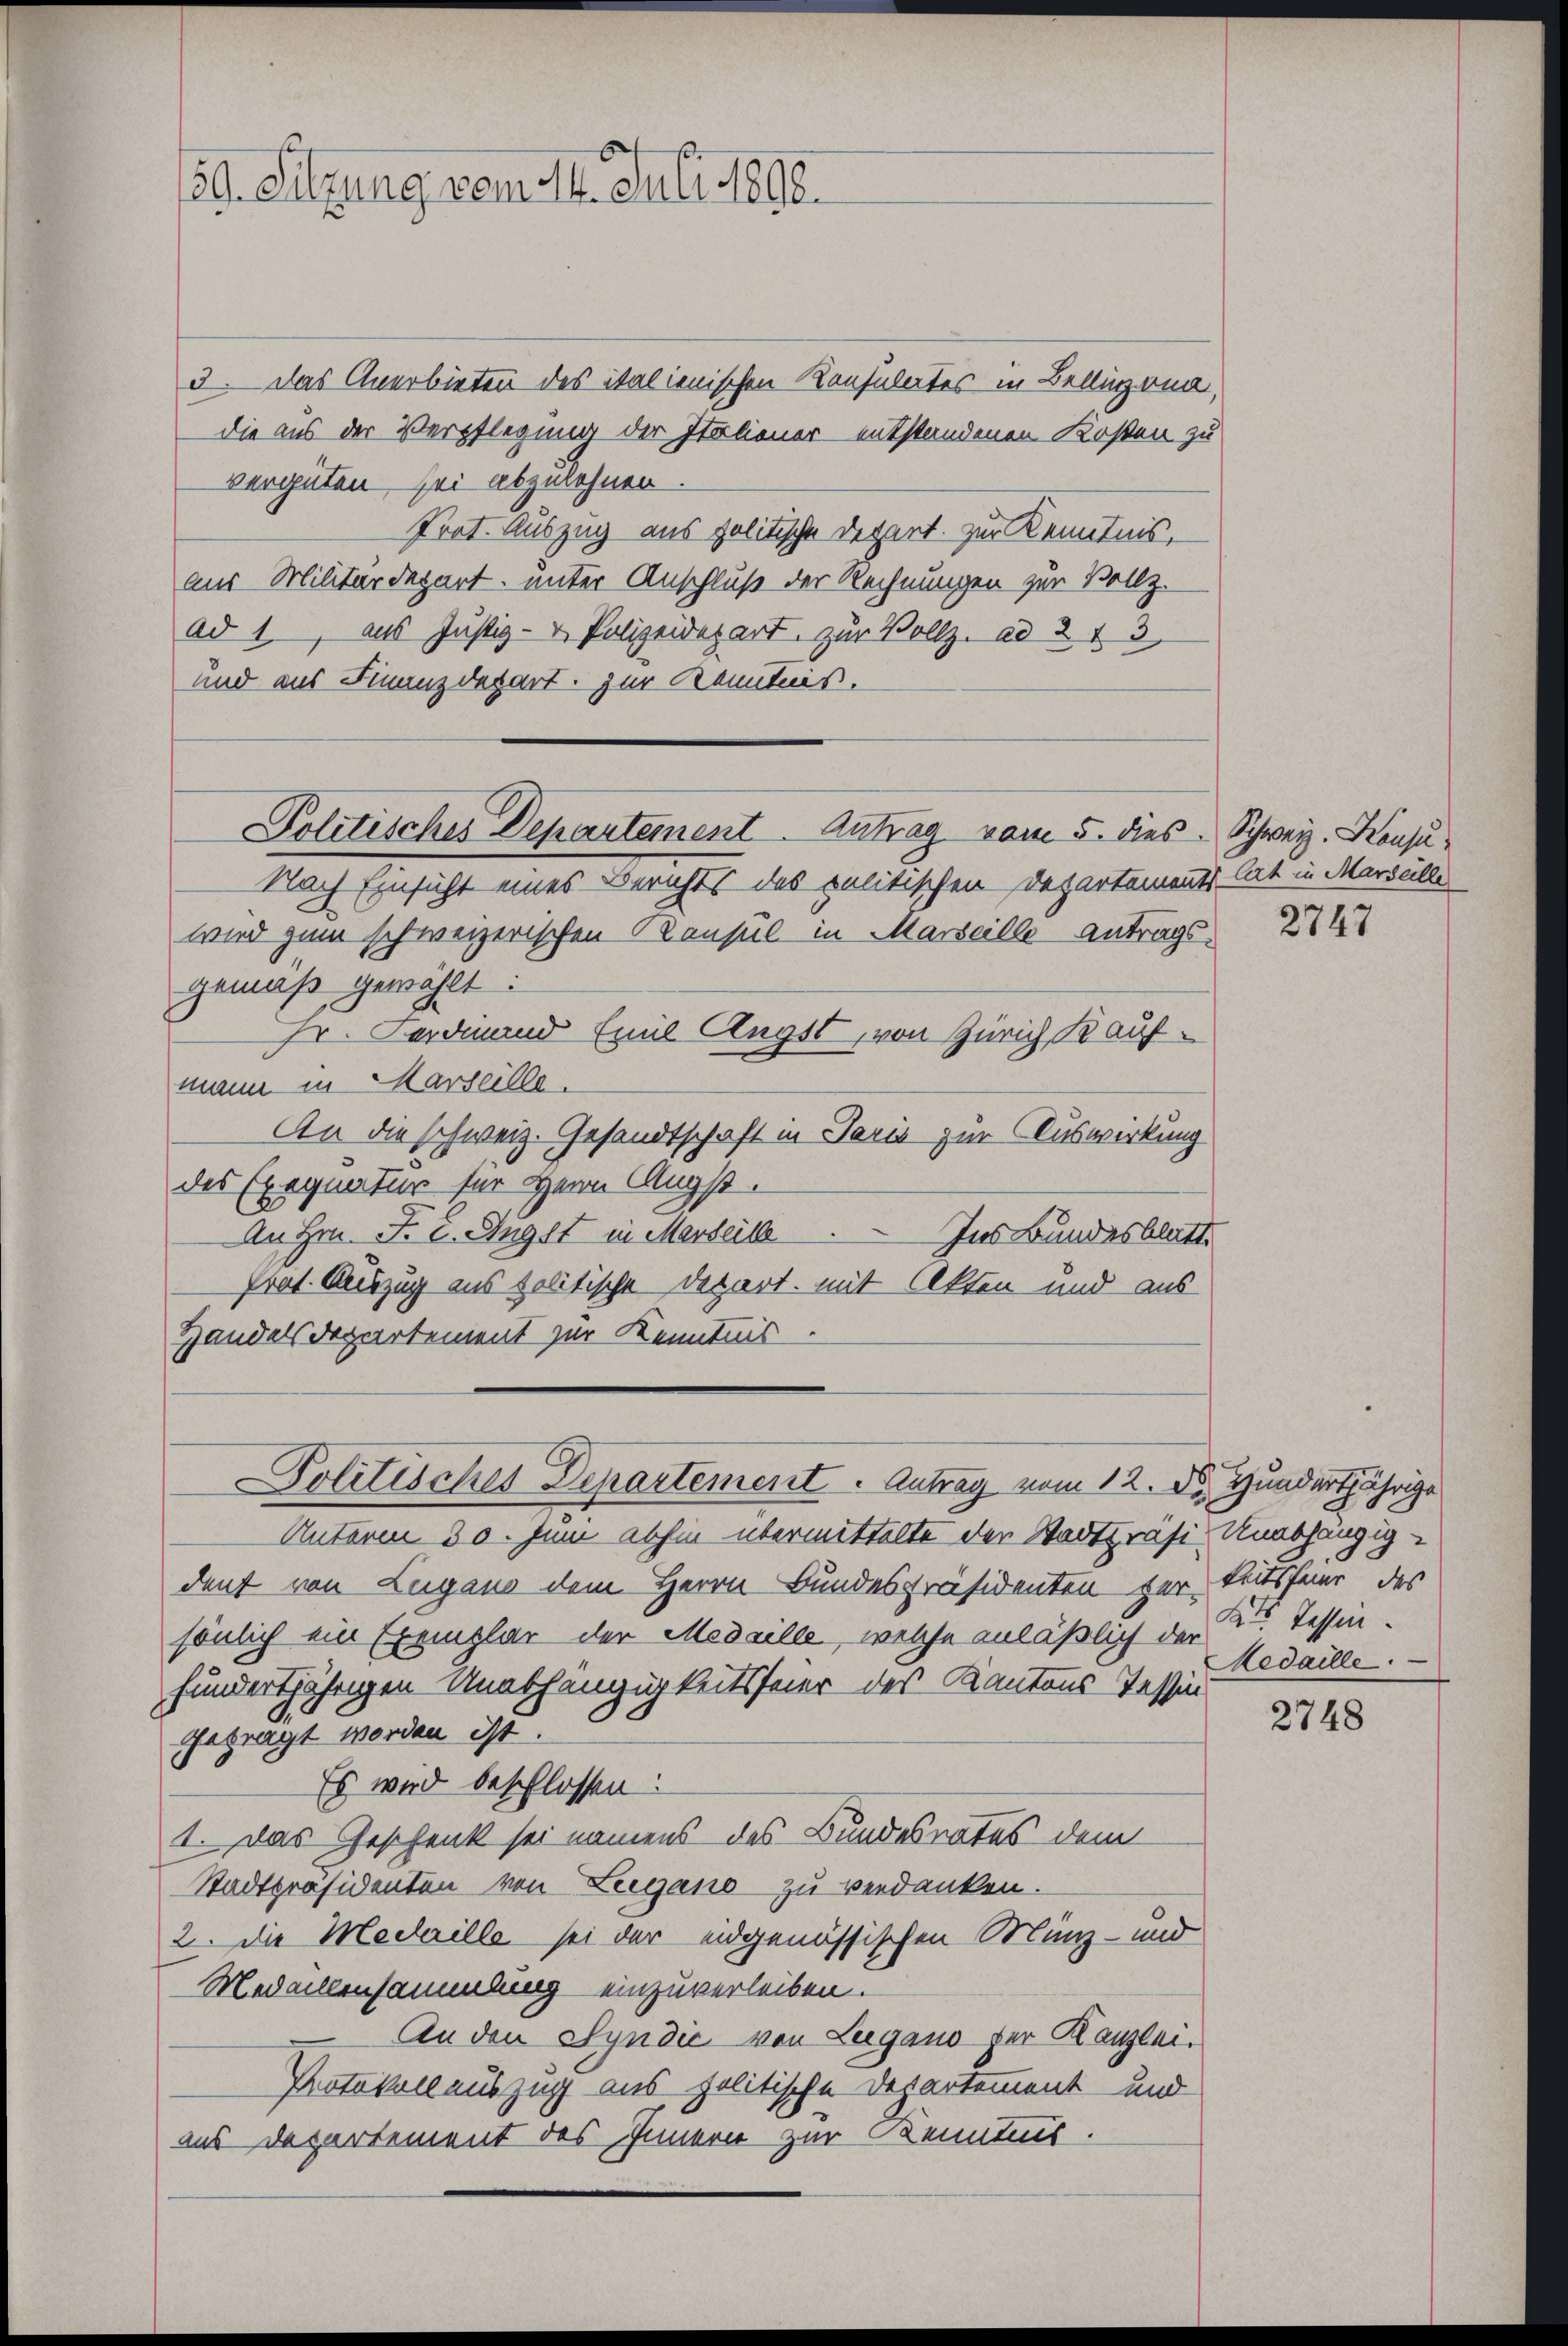
59. Sitzung vom 14. Juli 1890.

3. Das Anerbieten des italienischen Konsulates in Belligend,
die aus der Verpflegung der Italiener entstandenen Kosten zu
vergüten sei abzulehnen.
Prot. Auszug aus politische Depart. Zur Kenntnis,
aus Militärdepart, unter Anschluß der Rechnungen zur Vollz.
ad 1., aus Justiz- & Polizeidepart, zur Vollz. ad 213
und aus Finanzdepart zur Kenntnis.
Nach Einsicht eines Berichts des politischen Departements hat in Marselle
wird zum schweizerischen Konsul in Marseille Antragsgemäß gewählt.
Hr. Ferdinand Emil Ängst, von Zürich, Kaufmann in Marseille.
An die schweiz. Gesandtschaft in Paris zur Auswirkung
des Exequatur für Herrn Angst.
An Hrn. F. C. Angst in Marseille. Ins Bundesblatt.
Prat. Auszug aus politische Depart. mit Akten und aus
Handelsdepartement zur Kenntnis.

Politisches Departement Antrag vom 5. dies Schweiz. Konsu¬

Politisches Departement. Antrag vom 12. d. Hundertjährige

Unterm 30. Juni abhin übermittelte der Stadtpräsi- Unabhängigdent von Lugano dem Herrn Bundespräsidenten zur Seitsfeier, des
sönlich ein Exemplar der Medaille, welche anläßlich der
hundertjährigen Unabhängigkeitsfeier des Kantons Tessin
gefragt worden ist.
Es wird beschlossen:
I. Das Geschenk sei namens des Bundesrates dem
Stadtpräsidenten von Leigano zu verdanken.
2. die Mederille sei der eidgenössischen Münz- und
Medaillensammlung einzuverleiben.
An den Syndić von Lugano der Kanzlei.
Protokollauszug aus politische Departement und
aus Departement des Innern zur Kenntnis.

2747

Kts Tassen.
Medaille.

2748